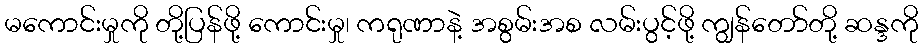
မကောင်းမှုကို တို့ပြန်ဖို့ ကောင်းမှု၊ ကရုဏာနဲ့ အစွမ်းအစ လမ်းပွင့်ဖို့ ကျွန်တော်တို့ ဆန္ဒကို